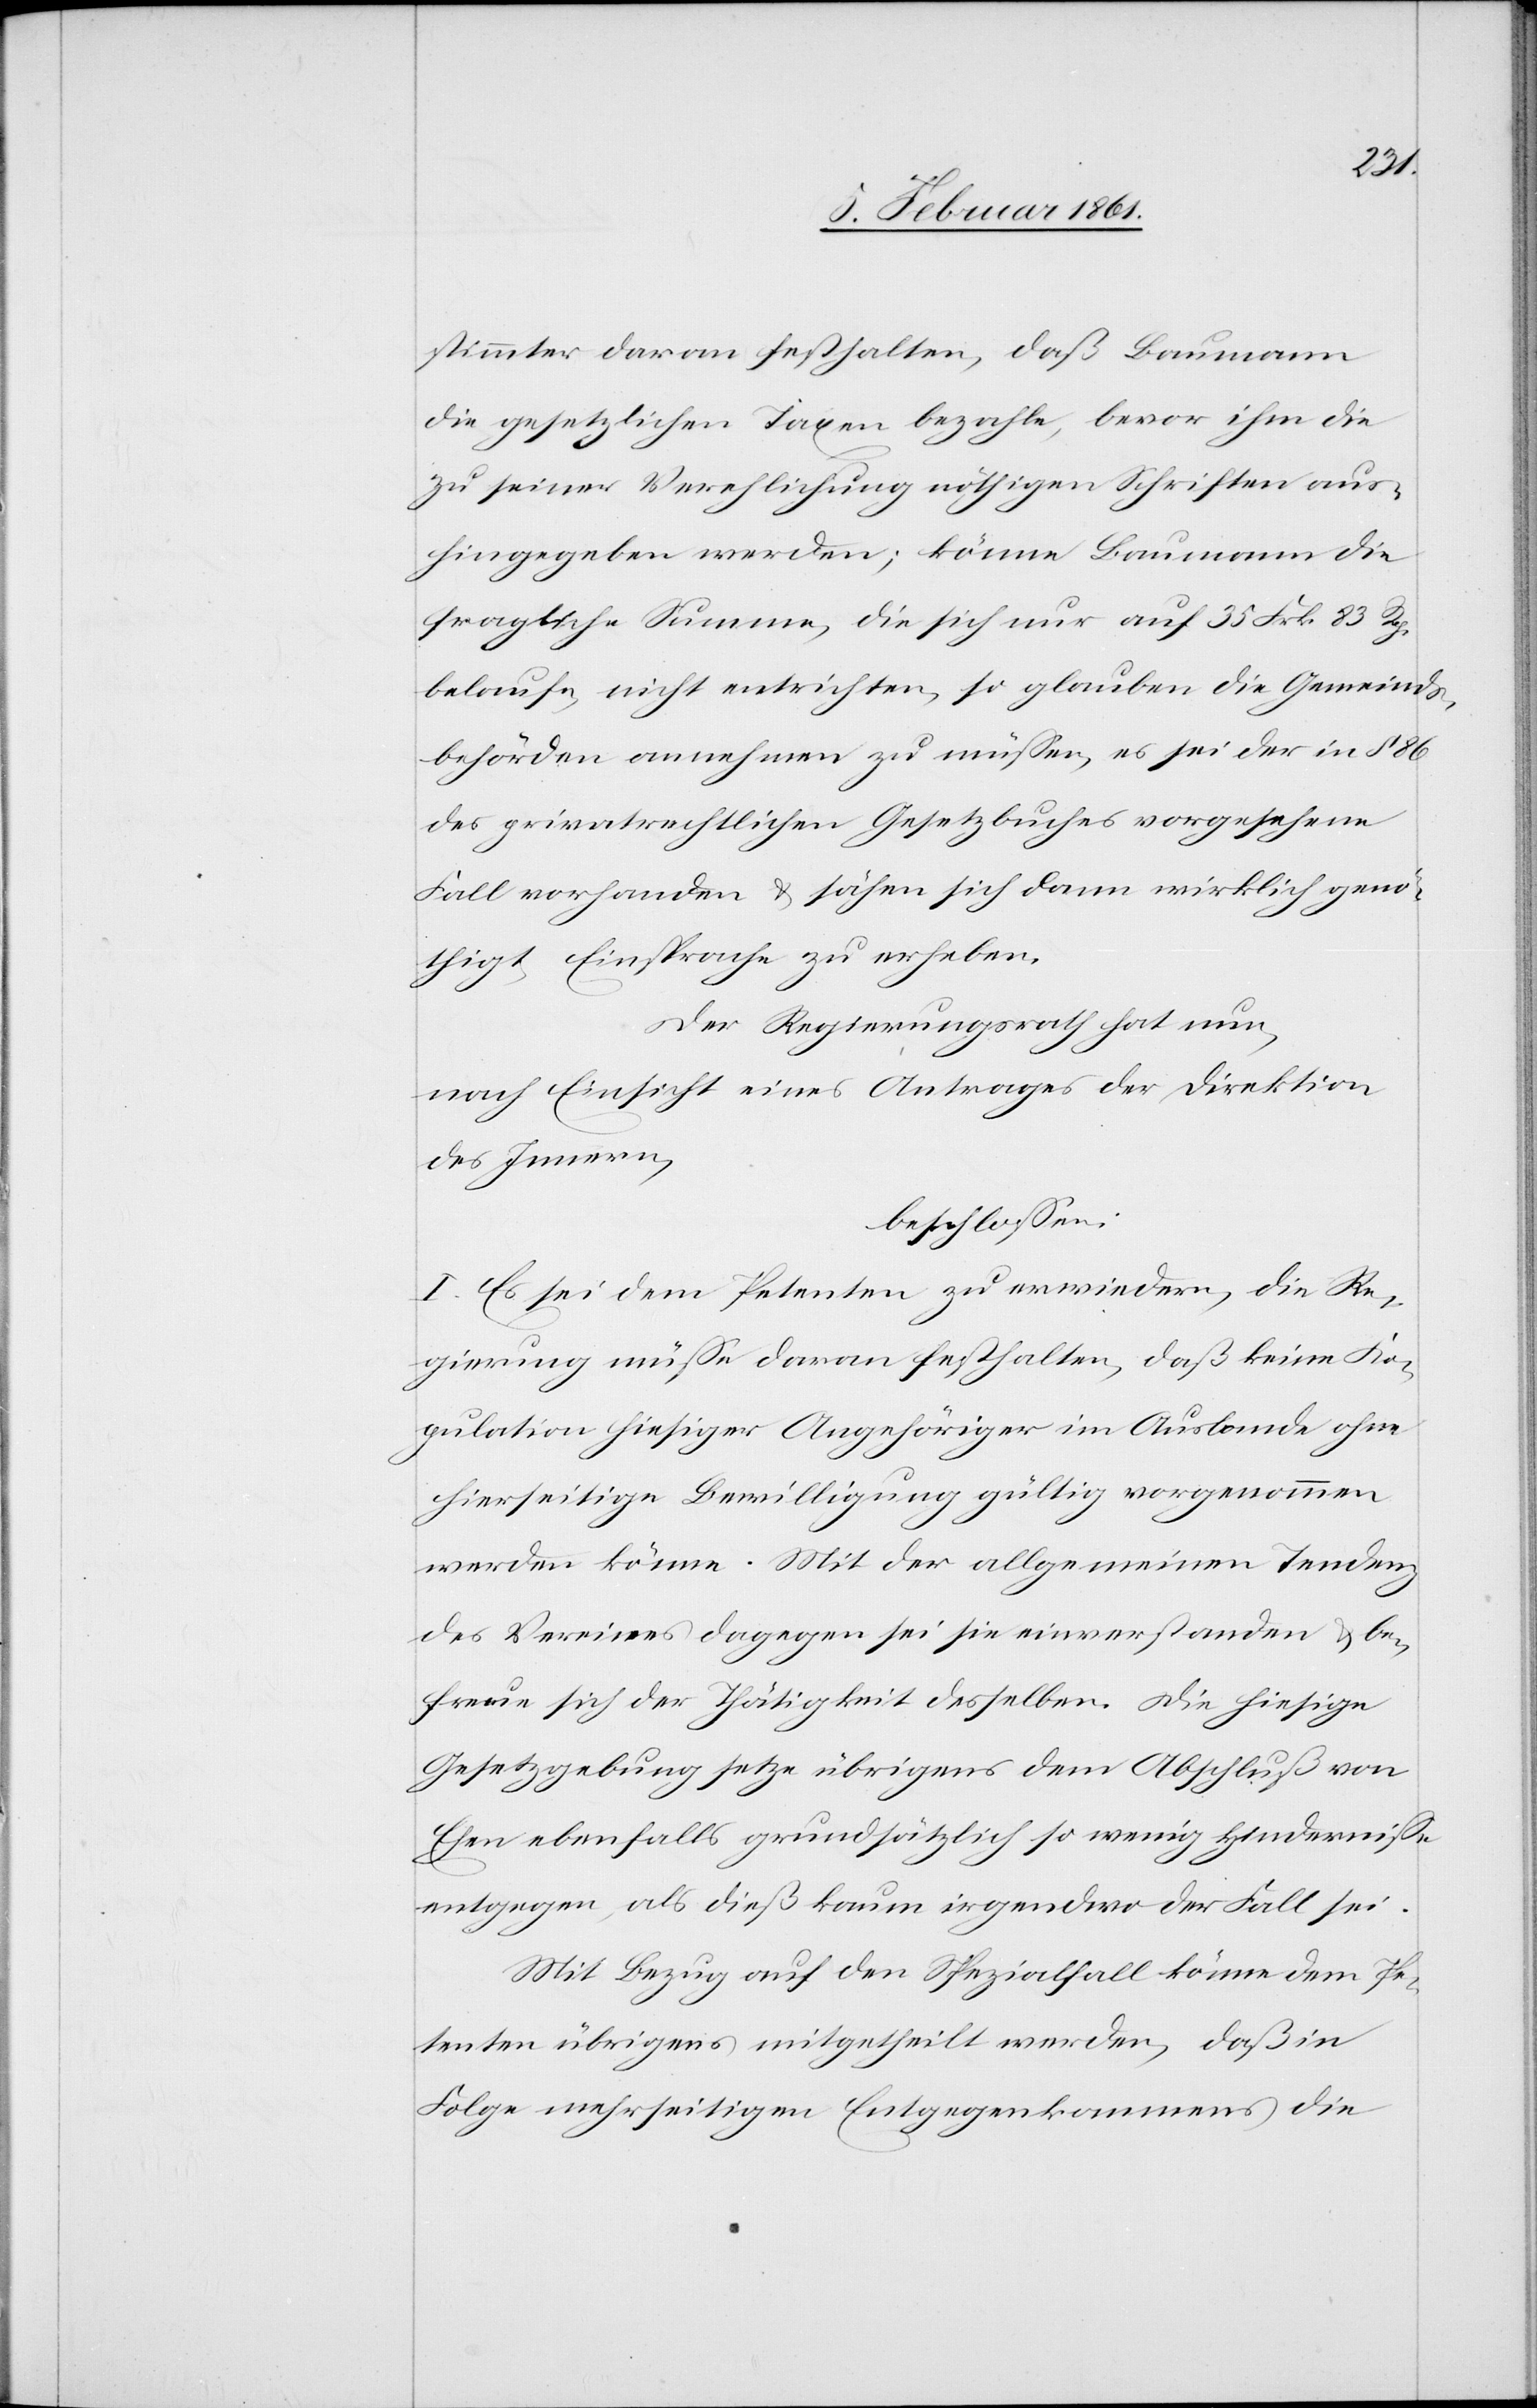
stimmter daran festhalten, daß Baumann
die gesetzlichen Taxen bezahle, bevor ihm die
zu seiner Verehlichung nöthigen Schriften aus¬
hingegeben werden; könne Baumann die
fragliche Summe, die sich nur auf 35 Frk. 83 Rp.
belaufe, nicht entrichten, so glauben die Gemeinds¬
behörden annehmen zu müssen, es sei der in § 86
des privatrechtlichen Gesetzbuches vorgesehene
Fall vorhanden u. sähen sich dann wirklich genö¬
thigt Einsprache zu erheben.
Der Regierungsrath hat nun,
nach Einsicht eines Antrages der Direktion
des Innern,
beschlossen:
I. Es sei dem Petenten zu erwiedern, die Re¬
gierung müsse daran festhalten, daß keine Ko¬
pulation hiesiger Angehöriger im Auslande ohne
hierseitige Bewilligung gültig vorgenommen
werden könne. Mit der allgemeinen Tendenz
des Vereines dagegen sei sie einverstanden u. be¬
freue sich der Thätigkeit desselben. Die hiesige
Gesetzgebung setze übrigens dem Abschluß von
Ehen ebenfalls grundsätzlich so wenig Hindernisse
entgegen, als dieß kaum irgendwo der Fall sei.
Mit Bezug auf den Spezialfall könne dem Pe¬
tenten übrigens mitgetheilt werden, daß in
Folge mehrseitigen Entgegenkommens die